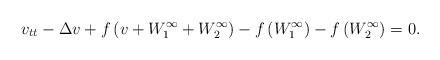
LaTeX: \begin{align*}v_{tt}- \Delta v + f\left(v + W_1^\infty+W_2^\infty\right) - f\left( W_1^\infty\right) - f\left(W_2^\infty\right) = 0.\end{align*}